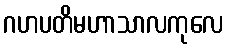
ဂဟပတိမဟာသာလကုလေ